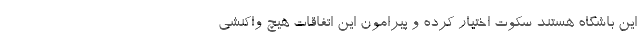
این باشگاه هستند سکوت اختیار کرده و پیرامون این اتفاقات هیچ واکنشی